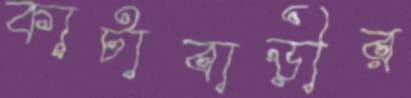
কাটাবাড়ীর